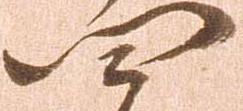
四